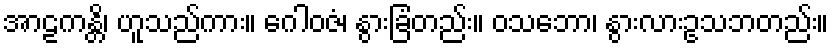
အာဠကန္တိ၊ ဟူသည်ကား။ ဂေါဝဇံ၊ နွားခြံတည်း။ ဝသဘော၊ နွားလားဥသဘတည်း။